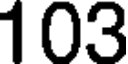
103